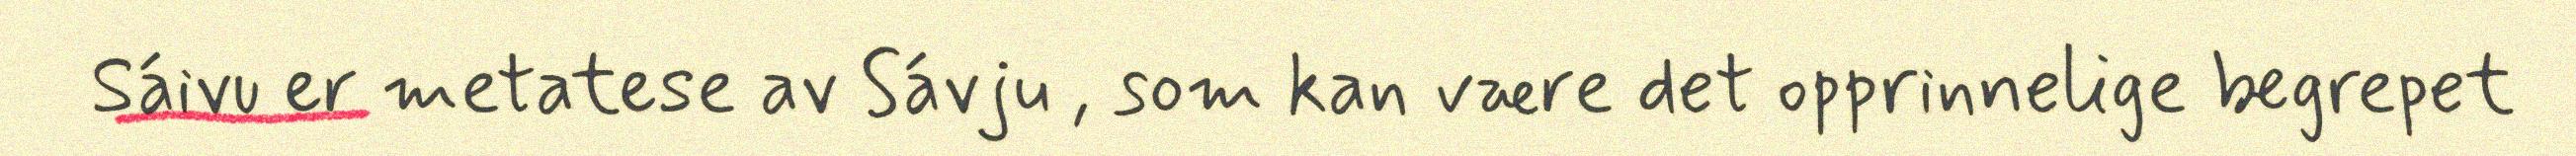
Sáivu er metatese av Sávju , som kan være det opprinnelige begrepet